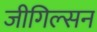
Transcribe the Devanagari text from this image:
जीगिल्सन